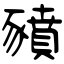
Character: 豶